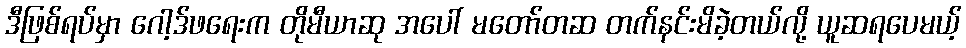
ဒီဖြစ်ရပ်မှာ ဂေါ့ဒ်ဖရေးက တိုမီယာဆု အပေါ် မတော်တဆ တက်နင်းမိခဲ့တယ်လို့ ယူဆရပေမယ့်